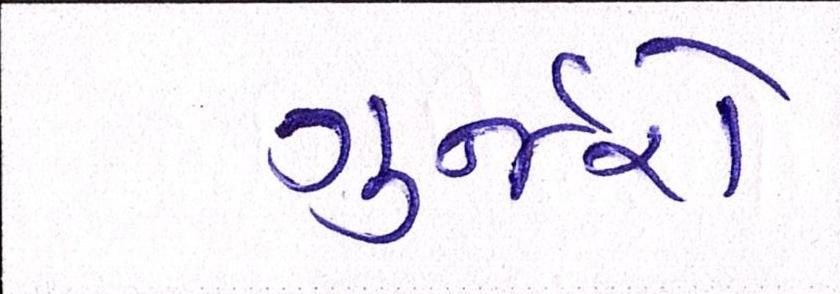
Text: ગુર્જરો